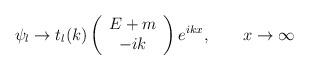
LaTeX: \begin{align*}\psi _{l}\to t_{l}(k)\left( \begin{array}{c}E+m \\ -ik\end{array}\right) e^{ikx},\qquad x\to \infty \end{align*}